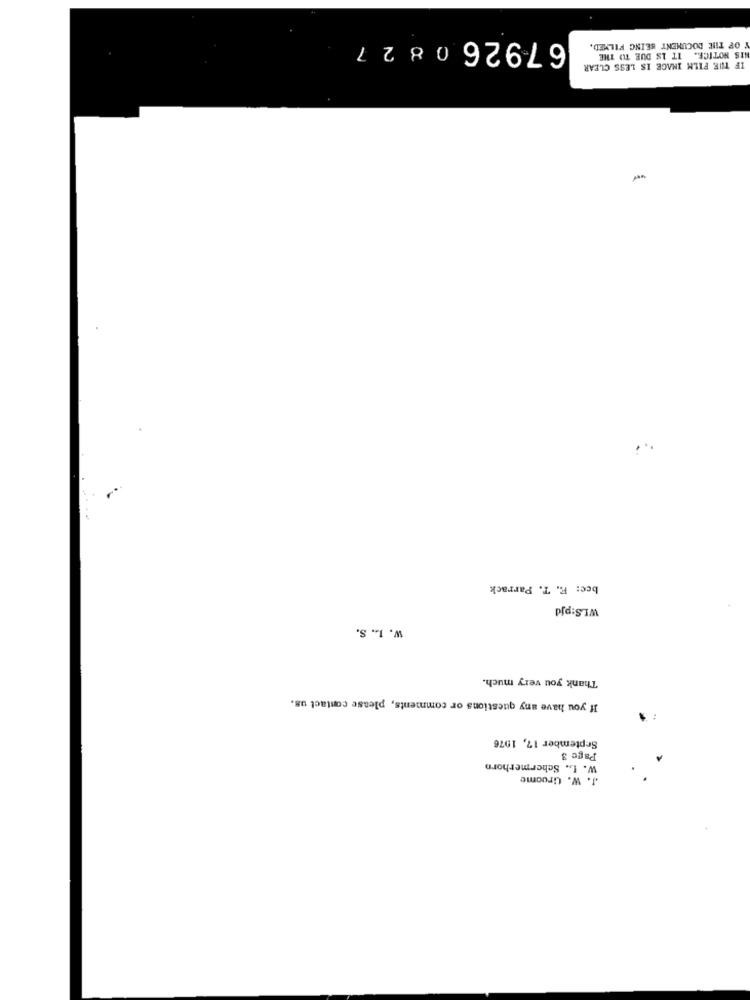
679260827
Y OF THE DOCUMENT BEING FILMED.
NIS NOTICE. IT IS DUE TO THE
IF THE FILM IMAGE IS LESS CLEAR
wer
bee: F. T. Parrack
WLS:pjd
W. L. S.
Thank you very much.
If you have any questions or comments, please contact us.
September 17, 1976
Page 3
W. L. Schermerhorn
J. W. Gruome